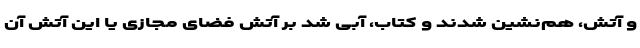
و آتش، هم‌نشین شدند و کتاب، آبی شد بر آتش فضای مجازی یا این آتش آن